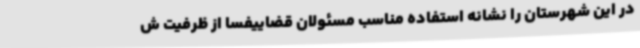
در این شهرستان را نشانه استفاده مناسب مسئولان قضاییفسا از ظرفیت ش